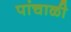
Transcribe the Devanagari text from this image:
पांचाळी